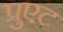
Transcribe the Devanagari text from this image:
प्रुएट